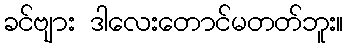
ခင်ဗျား ဒါလေးတောင်မတတ်ဘူး။